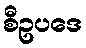
စီဥပဒေ